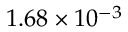
1 . 6 8 \times 1 0 ^ { - 3 }